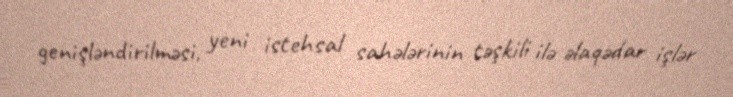
genişləndirilməsi, yeni istehsal sahələrinin təşkili ilə əlaqədar işlər